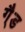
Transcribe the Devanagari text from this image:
गै्ड